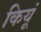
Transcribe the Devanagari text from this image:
कियूं